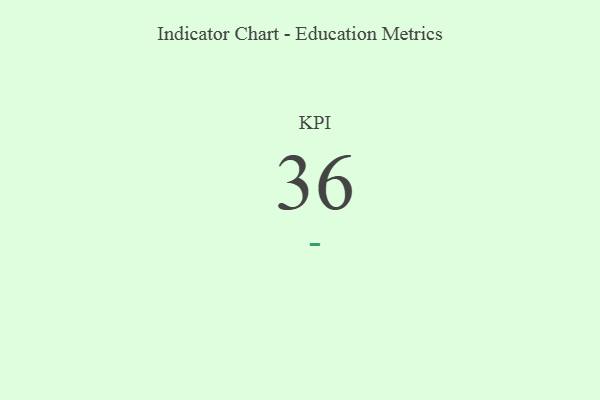
{"axis": {"x": "KPI", "y": "Value"}, "legend": [""], "data": [{"x": "KPI", "y": 36, "type": ""}]}